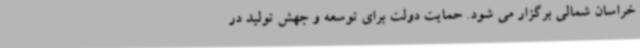
خراسان شمالی برگزار می شود. حمایت دولت برای توسعه و جهش تولید در